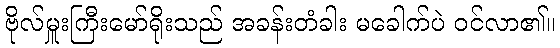
ဗိုလ်မှူးကြီးမော်ရိုးသည် အခန်းတံခါး မခေါက်ပဲ ဝင်လာ၏။